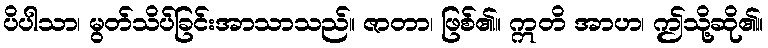
ပိပါသာ၊ မွတ်သိပ်ခြင်းအာသာသည်။ ဇာတာ၊ ဖြစ်၏။ ဣတိ အာဟ၊ ဤသို့ဆို၏။